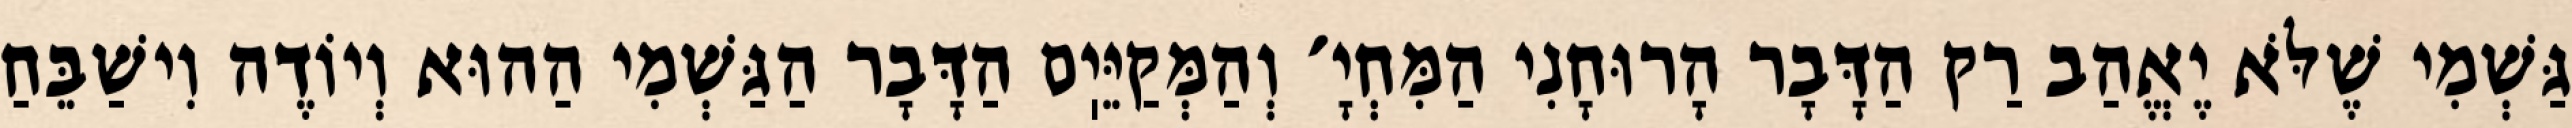
גַּשְׁמִי שֶׁלֹּא יֶאֱהַב רַק הַדָּבָר הָרוּחָנִי הַמִּחְיָ׳ וְהַמְּקַיֵּיֽם הַדָּבָר הַגַּשְׁמִי הַהוּא וְיוֹדֶה וִישַׁבֵּחַ